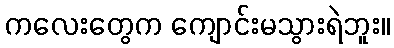
ကလေးတွေက ကျောင်းမသွားရဲဘူး။